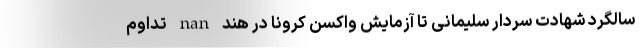
سالگرد شهادت سردار سلیمانی تا آزمایش واکسن کرونا در هند nan تداوم